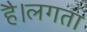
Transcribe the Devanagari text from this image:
है।लगता